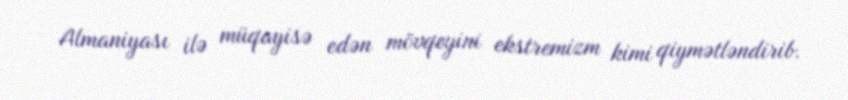
Almaniyası ilə müqayisə edən mövqeyini ekstremizm kimi qiymətləndirib.